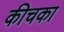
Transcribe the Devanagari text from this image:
कीचका